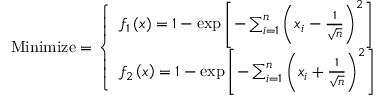
{ \mathrm { M i n i m i z e } } = { \left\{ \begin{array} { l l } { f _ { 1 } \left( { \boldsymbol { x } } \right) = 1 - \exp \left[ - \sum _ { i = 1 } ^ { n } \left( x _ { i } - { \frac { 1 } { \sqrt { n } } } \right) ^ { 2 } \right] } \\ { f _ { 2 } \left( { \boldsymbol { x } } \right) = 1 - \exp \left[ - \sum _ { i = 1 } ^ { n } \left( x _ { i } + { \frac { 1 } { \sqrt { n } } } \right) ^ { 2 } \right] } \end{array} \right. }